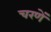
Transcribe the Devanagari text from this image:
चरणें